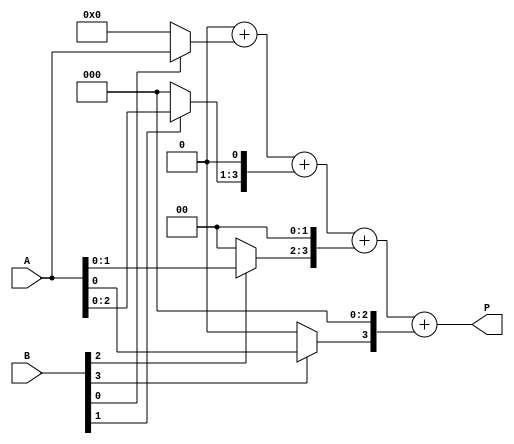
module array_multiplier #(
    parameter A_WIDTH = 4, // Width of multiplicand
    parameter B_WIDTH = 4  // Width of multiplier
) (
    input [A_WIDTH-1:0] A, // Multiplicand
    input [B_WIDTH-1:0] B, // Multiplier
    output reg [A_WIDTH+B_WIDTH-1:0] P // Product
);

    reg [A_WIDTH-1:0] partial_product[B_WIDTH-1:0];
    integer i, j;

    always @(*) begin
        // Initialize the product to zero
        P = 0;

        // Generate partial products
        for (i = 0; i < B_WIDTH; i = i + 1) begin
            // AND the multiplicand with each bit of the multiplier
            partial_product[i] = (B[i] ? A : 0) << i; // Shift left by i
        end

        // Sum the partial products
        for (i = 0; i < B_WIDTH; i = i + 1) begin
            P = P + partial_product[i];
        end
    end
endmodule